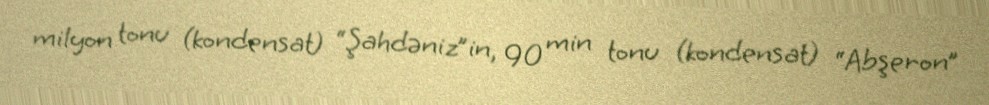
milyon tonu (kondensat) “Şahdəniz”in, 90 min tonu (kondensat) “Abşeron”